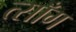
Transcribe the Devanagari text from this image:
त्साँग